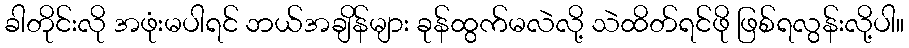
ခါတိုင်းလို အဖုံးမပါရင် ဘယ်အချိန်များ ခုန်ထွက်မလဲလို့ သဲထိတ်ရင်ဖို ဖြစ်ရလွန်းလို့ပါ။